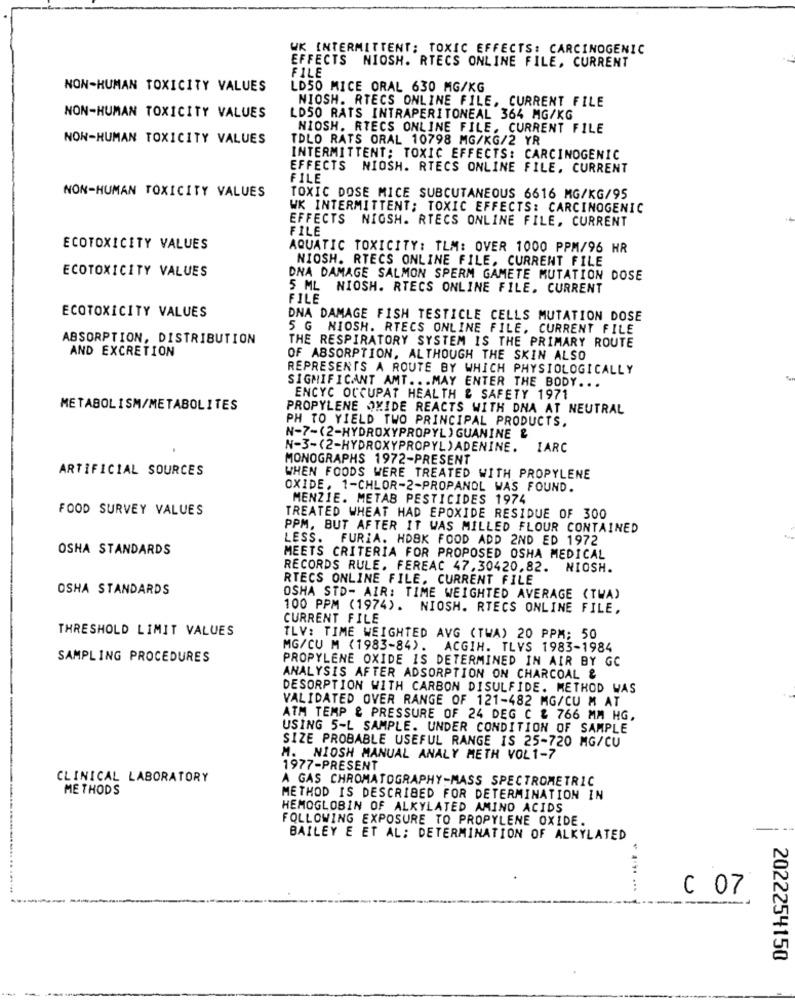
WK INTERMITTENT; TOXIC EFFECTS: CARCINOGENIC
EFFECTS NIOSH. RTECS ONLINE FILE, CURRENT
FILE
NON-HUMAN TOXICITY VALUES
LD50 MICE ORAL 630 MG/KG
NIOSH. RTECS ONLINE FILE, CURRENT FILE
NON-HUMAN TOXICITY VALUES
LD50 RATS INTRAPERITONEAL 364 MG/KG
NIOSH. RTECS ONLINE FILE, CURRENT FILE
NON-HUMAN TOXICITY VALUES
TDLO RATS ORAL 10798 MG/KG/2 YR
INTERMITTENT: TOXIC EFFECTS: CARCINOGENIC
EFFECTS NIOSH. RTECS ONLINE FILE, CURRENT
FILE
NON-HUMAN TOXICITY VALUES
TOXIC DOSE MICE SUBCUTANEOUS 6616 MG/KG/95
WK INTERMITTENT; TOXIC EFFECTS: CARCINOGENIC
EFFECTS NIGSH. RTECS ONLINE FILE. CURRENT
FILE
ECOTOXICITY VALUES
AQUATIC TOXICITY: TLM: OVER 1000 PPM/96 HR
NIOSH. RTECS ONLINE FILE, CURRENT FILE
ECOTOXICITY VALUES
DNA DAMAGE SALMON SPERM GAMETE MUTATION DOSE
5 ML NIOSH. RTECS ONLINE FILE. CURRENT
FILE
ECOTOXICITY VALUES
DNA DAMAGE FISH TESTICLE CELLS MUTATION DOSE
5 G NIOSH. RTECS ONLINE FILE, CURRENT FILE
ABSORPTION, DISTRIBUTION
AND EXCRETION
THE RESPIRATORY SYSTEM IS THE PRIMARY ROUTE
OF ABSORPTION, ALTHOUGH THE SKIN ALSO
REPRESENTS A ROUTE BY WHICH PHYSIOLOGICALLY
SIGNIFICANT AMT ... MAY ENTER THE BODY ...
ENCYC OCCUPAT HEALTH & SAFETY 1971
METABOLISM/METABOLITES
PROPYLENE OXIDE REACTS WITH DNA AT NEUTRAL
PH TO YIELD TWO PRINCIPAL PRODUCTS,
N-7-(2-HYDROXYPROPYL) GUANINE &
N-3-(2-HYDROXYPROPYL)ADENINE. IARC
MONOGRAPHS 1972-PRESENT
ARTIFICIAL SOURCES
WHEN FOODS WERE TREATED WITH PROPYLENE
OXIDE, 1-CHLOR-2-PROPANOL WAS FOUND.
MENZIE. METAB PESTICIDES 1974
FOOD SURVEY VALUES
TREATED WHEAT HAD EPOXIDE RESIDUE OF 300
PPM, BUT AFTER IT WAS MILLED FLOUR CONTAINED
LESS. FURIA. HDSK FOOD ADD 2ND ED 1972
OSHA STANDARDS
MEETS CRITERIA FOR PROPOSED OSHA MEDICAL
RECORDS RULE. FEREAC 47,30420,82. NIOSH.
RTECS ONLINE FILE. CURRENT FILE
OSHA STANDARDS
OSHA STD- AIR: TIME WEIGHTED AVERAGE (TWA)
100 PPM (1974). NIOSH. RTECS ONLINE FILE,
CURRENT FILE
THRESHOLD LIMIT VALUES
TLV: TIME WEIGHTED AVG (TWA) 20 PPM: 50
MG/CU M (1983-84). ACGIH. TLVS 1983-1984
SAMPLING PROCEDURES
PROPYLENE OXIDE IS DETERMINED IN AIR BY GC
ANALYSIS AFTER ADSORPTION ON CHARCOAL &
DESORPTION WITH CARBON DISULFIDE. METHOD WAS
VALIDATED OVER RANGE OF 121-482 MG/CU M AT
ATM TEMP & PRESSURE OF 24 DEG C & 766 MM HG,
USING 5-L SAMPLE. UNDER CONDITION OF SAMPLE
SIZE PROBABLE USEFUL RANGE IS 25-720 MG/CU
M. NIOSH MANUAL ANALY METH VOL1-7
1977-PRESENT
CLINICAL LABORATORY
A GAS CHROMATOGRAPHY-MASS SPECTROMETRIC
METHODS
METHOD IS DESCRIBED FOR DETERMINATION IN
HEMOGLOBIN OF ALKYLATED AMINO ACIDS
FOLLOWING EXPOSURE TO PROPYLENE OXIDE.
BAILEY E ET AL; DETERMINATION OF ALKYLATED
1 .... ...
C 07
-----
2022254150